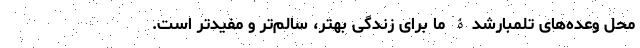
محلِ وعده‌های تلمبارشدۀ ما برای زندگی بهتر، سالم‌تر و مفیدتر است.